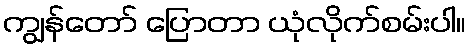
ကျွန်တော် ပြောတာ ယုံလိုက်စမ်းပါ။